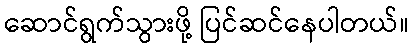
ဆောင်ရွက်သွားဖို့ ပြင်ဆင်နေပါတယ်။